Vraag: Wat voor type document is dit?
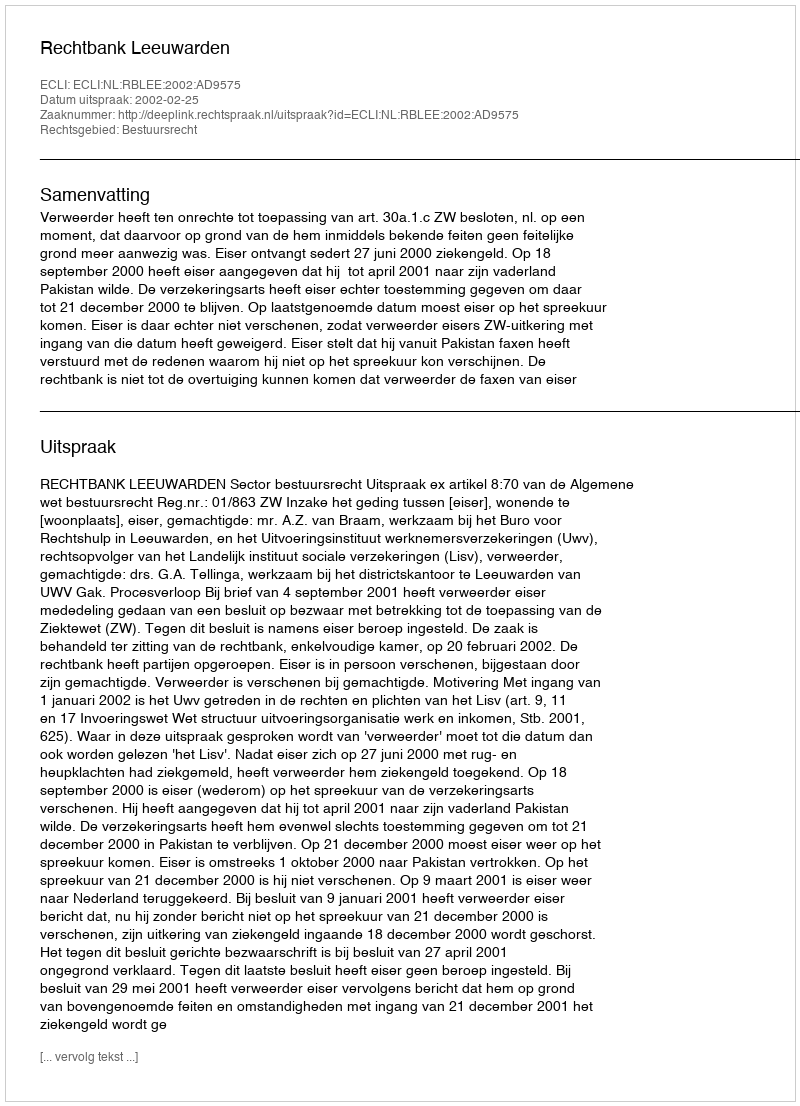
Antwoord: Uitspraak